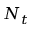
N _ { t }